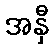
အနှီ